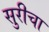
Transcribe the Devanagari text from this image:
सुरीचा